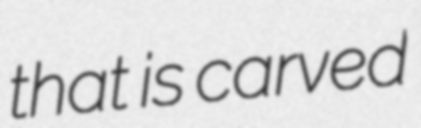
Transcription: that is carved